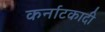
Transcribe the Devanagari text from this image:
कर्नाटकादी